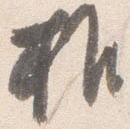
推